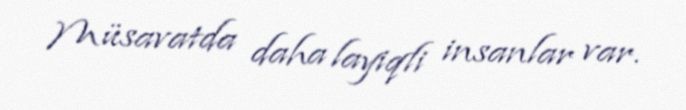
Müsavatda daha layiqli insanlar var.